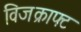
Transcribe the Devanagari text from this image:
विजक्राफ्ट